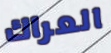
العراك